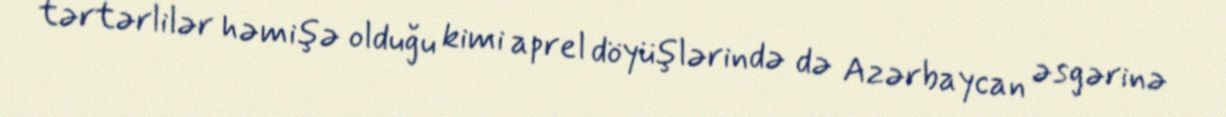
tərtərlilər həmişə olduğu kimi aprel döyüşlərində də Azərbaycan əsgərinə